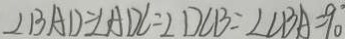
\angle B A D = \angle A D C = \angle D C B = \angle C B A = 9 0 ^ { \circ }